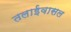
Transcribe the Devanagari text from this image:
तलाईवासल